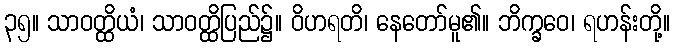
၃၅။ သာဝတ္ထိယံ၊ သာဝတ္ထိပြည်၌။ ဝိဟရတိ၊ နေတော်မူ၏။ ဘိက္ခဝေ၊ ရဟန်းတို့။